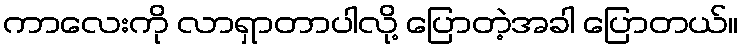
ကာလေးကို လာရှာတာပါလို့ ပြောတဲ့အခါ ပြောတယ်။